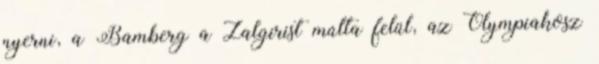
nyerni, a Bamberg a Zalgirist múlta felül, az Olympiakosz